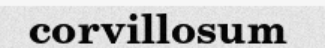
corvillosum